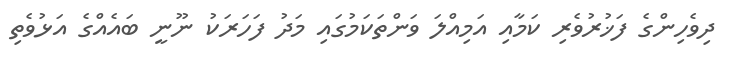
ދިވެހިންގެ ފަޚުރުވެރި ކަމާއި އަމިއްލަ ވަންތަކަމުގައި މަދު ފަހަރަކު ނޫނީ ބައެއްގެ އަޅުވެތި